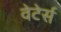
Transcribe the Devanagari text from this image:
वेटेर्स